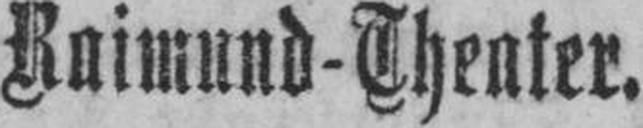
Raimund-Theater.